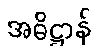
အဓိဋ္ဌာန်